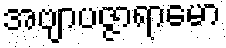
အဗျာပဇ္ဇာရာမော